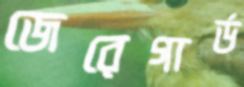
জেরেগার্ড